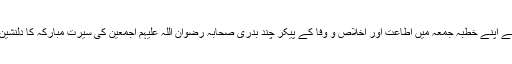
حضور انور نے اپنے خطبہ جمعہ میں اطاعت اور اخلاص و وفا کے پیکر چند بدری صحابہ رضوان اللہ علیہم اجمعین کی سیرتِ مبارکہ کا دلنشین تذکرہ فرمایا۔